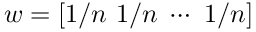
w = [ 1 / n ~ 1 / n ~ \cdots ~ 1 / n ]